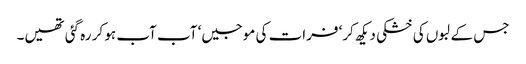
جس کے لبوں کی خشکی دیکھ کر‘ فرات کی موجیں‘ آب آب ہو کر رہ گئی تھیں۔